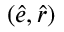
( \hat { e } , \hat { r } )